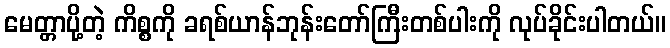
မေတ္တာပို့တဲ့ ကိစ္စကို ခရစ်ယာန်ဘုန်းတော်ကြီးတစ်ပါးကို လုပ်ခိုင်းပါတယ်။